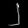
Digit: ၂